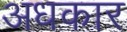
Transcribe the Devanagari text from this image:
अधकार